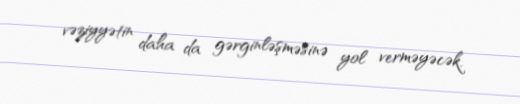
vəziyyətin daha da gərginləşməsinə yol verməyəcək.